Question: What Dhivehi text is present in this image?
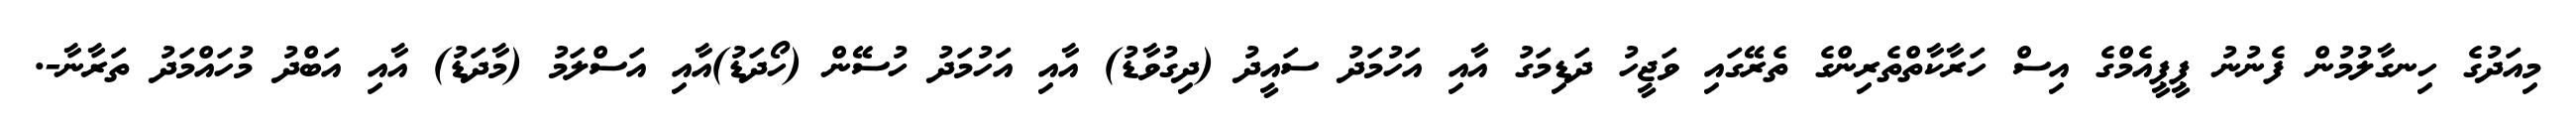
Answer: މިއަދުގެ ހިނގާލުމުން ފެނުނު ޕީޕީއެމްގެ އިސް ހަރާކާތްތެރިންގެ ތެރޭގައި ވަޖީހު ދަޑިމަގު އާއި އަހުމަދު ސައީދު (ދިގުވާޑު) އާއި އަހުމަދު ހުސޭން (ހޯދަޑު)އާއި އަސްލަމު (މާދަޑު) އާއި އަބްދު މުހައްމަދު ތަރާނާ-.